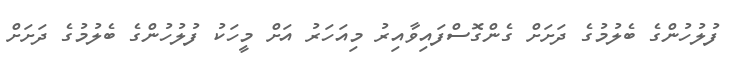
ފުލުހުންގެ ބެލުމުގެ ދަށަށް ގެންގޮސްފައިވާއިރު މިއަހަރު އަށް މީހަކު ފުލުހުންގެ ބެލުމުގެ ދަށަށް